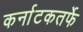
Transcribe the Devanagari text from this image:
कर्नाटकतर्फे